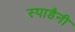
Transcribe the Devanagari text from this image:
स्पाडैनी